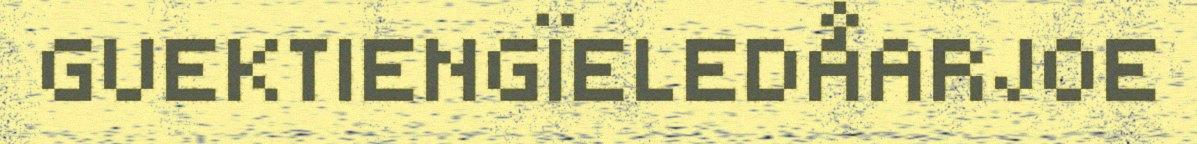
GUEKTIENGÏELEDÅARJOE